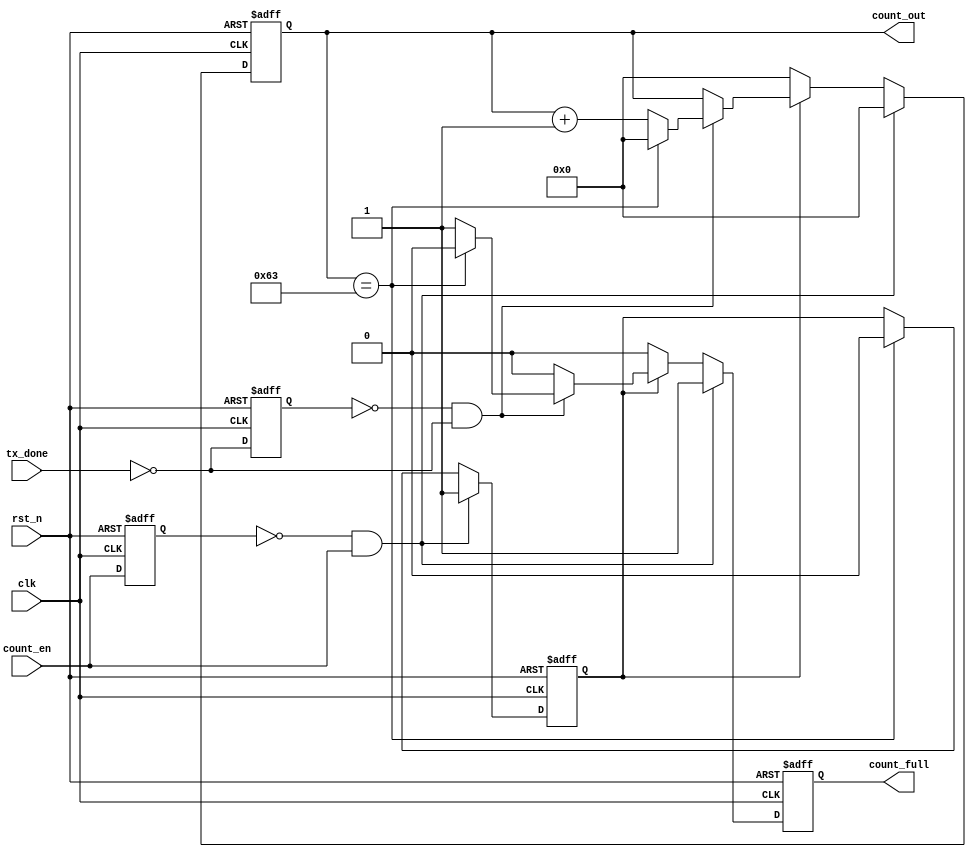
module countdown(
	clk,
	rst_n,
	count_en,
	count_full,
	count_out,
	tx_done);

	//---Ports declearation: generated by Robei---
	input clk;
	input rst_n;
	input count_en;
	output count_full;
	output [7:0] count_out;
	input tx_done;

	wire clk;
	wire rst_n;
	wire count_en;
	reg count_full;
	wire [7:0] count_out;
	wire tx_done;

	//----Code starts here: integrated by Robei-----
	`define DEL 1
	
	//
	// Count enable edge detected
	//
	reg     count_en_q;
	reg     count_en_start;
	wire    count_en_flag;
	
	always @( posedge clk or negedge rst_n ) begin
	  if( ~rst_n ) begin
	    count_en_q <= #`DEL 1'b0;
	  end
	  else begin
	    count_en_q <= #`DEL count_en;
	  end
	end
	assign count_en_flag = ~count_en_q && ( count_en );
	
	always @( posedge clk or negedge rst_n ) begin
	  if( ~rst_n ) begin
	    count_en_start <= #`DEL 1'b0;
	  end
	  else if( count_en_flag )begin
	    count_en_start <= #`DEL 1'b1;
	  end
	  else if( count == 8'd99 ) begin
	    count_en_start <= #`DEL 1'b0;
	  end
	end      
	
	
	//
	// Tx_done edge detected
	// Tx_done signal comes from uart unit, while uart transmit one data done, begining next count 
	//
	reg     tx_done_q;
	wire    tx_done_n;
	wire    tx_done_flag;
	
	always @( posedge clk or negedge rst_n ) begin
	  if( ~rst_n ) begin
	    tx_done_q <= #`DEL 1'b0;
	  end
	  else begin
	    tx_done_q <= #`DEL tx_done_n;
	  end
	end
	assign tx_done_n = ~tx_done;
	assign tx_done_flag = ~tx_done_q && ( tx_done_n );
	
	//
	// Countdown and output
	//
	reg [7:0] count;
	   
	
	always @( posedge clk or negedge rst_n ) begin
	  if( ~rst_n ) begin
	    count      <= #`DEL 8'd0;
	    count_full <= #`DEL 1'b0;
	  end
	  else if( count_en_flag ) begin
	    count <= #`DEL 1'b0;
	    count_full <= #`DEL 1'b1;
	  end
	  else if( count_en_start ) begin
	    if( tx_done_flag ) begin
	      if( count == 8'd99 )begin
	        count      <= #`DEL 8'd0;
	        count_full <= #`DEL 1'b0;
	      end
	      else begin
	        count      <= #`DEL count + 1;
	        count_full <= #`DEL 1'b1;
	      end
	    end     
	    else begin
	      count      <= #`DEL count;
	      count_full <= #`DEL 1'b0;
	    end
	  end  
	  else begin
	    count      <= #`DEL 8'd0;
	    count_full <= #`DEL 1'b0;
	  end
	end
	
	assign count_out  =  count;
	
endmodule